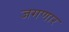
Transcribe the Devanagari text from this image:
जगणार